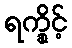
ရက္ခိုင့်